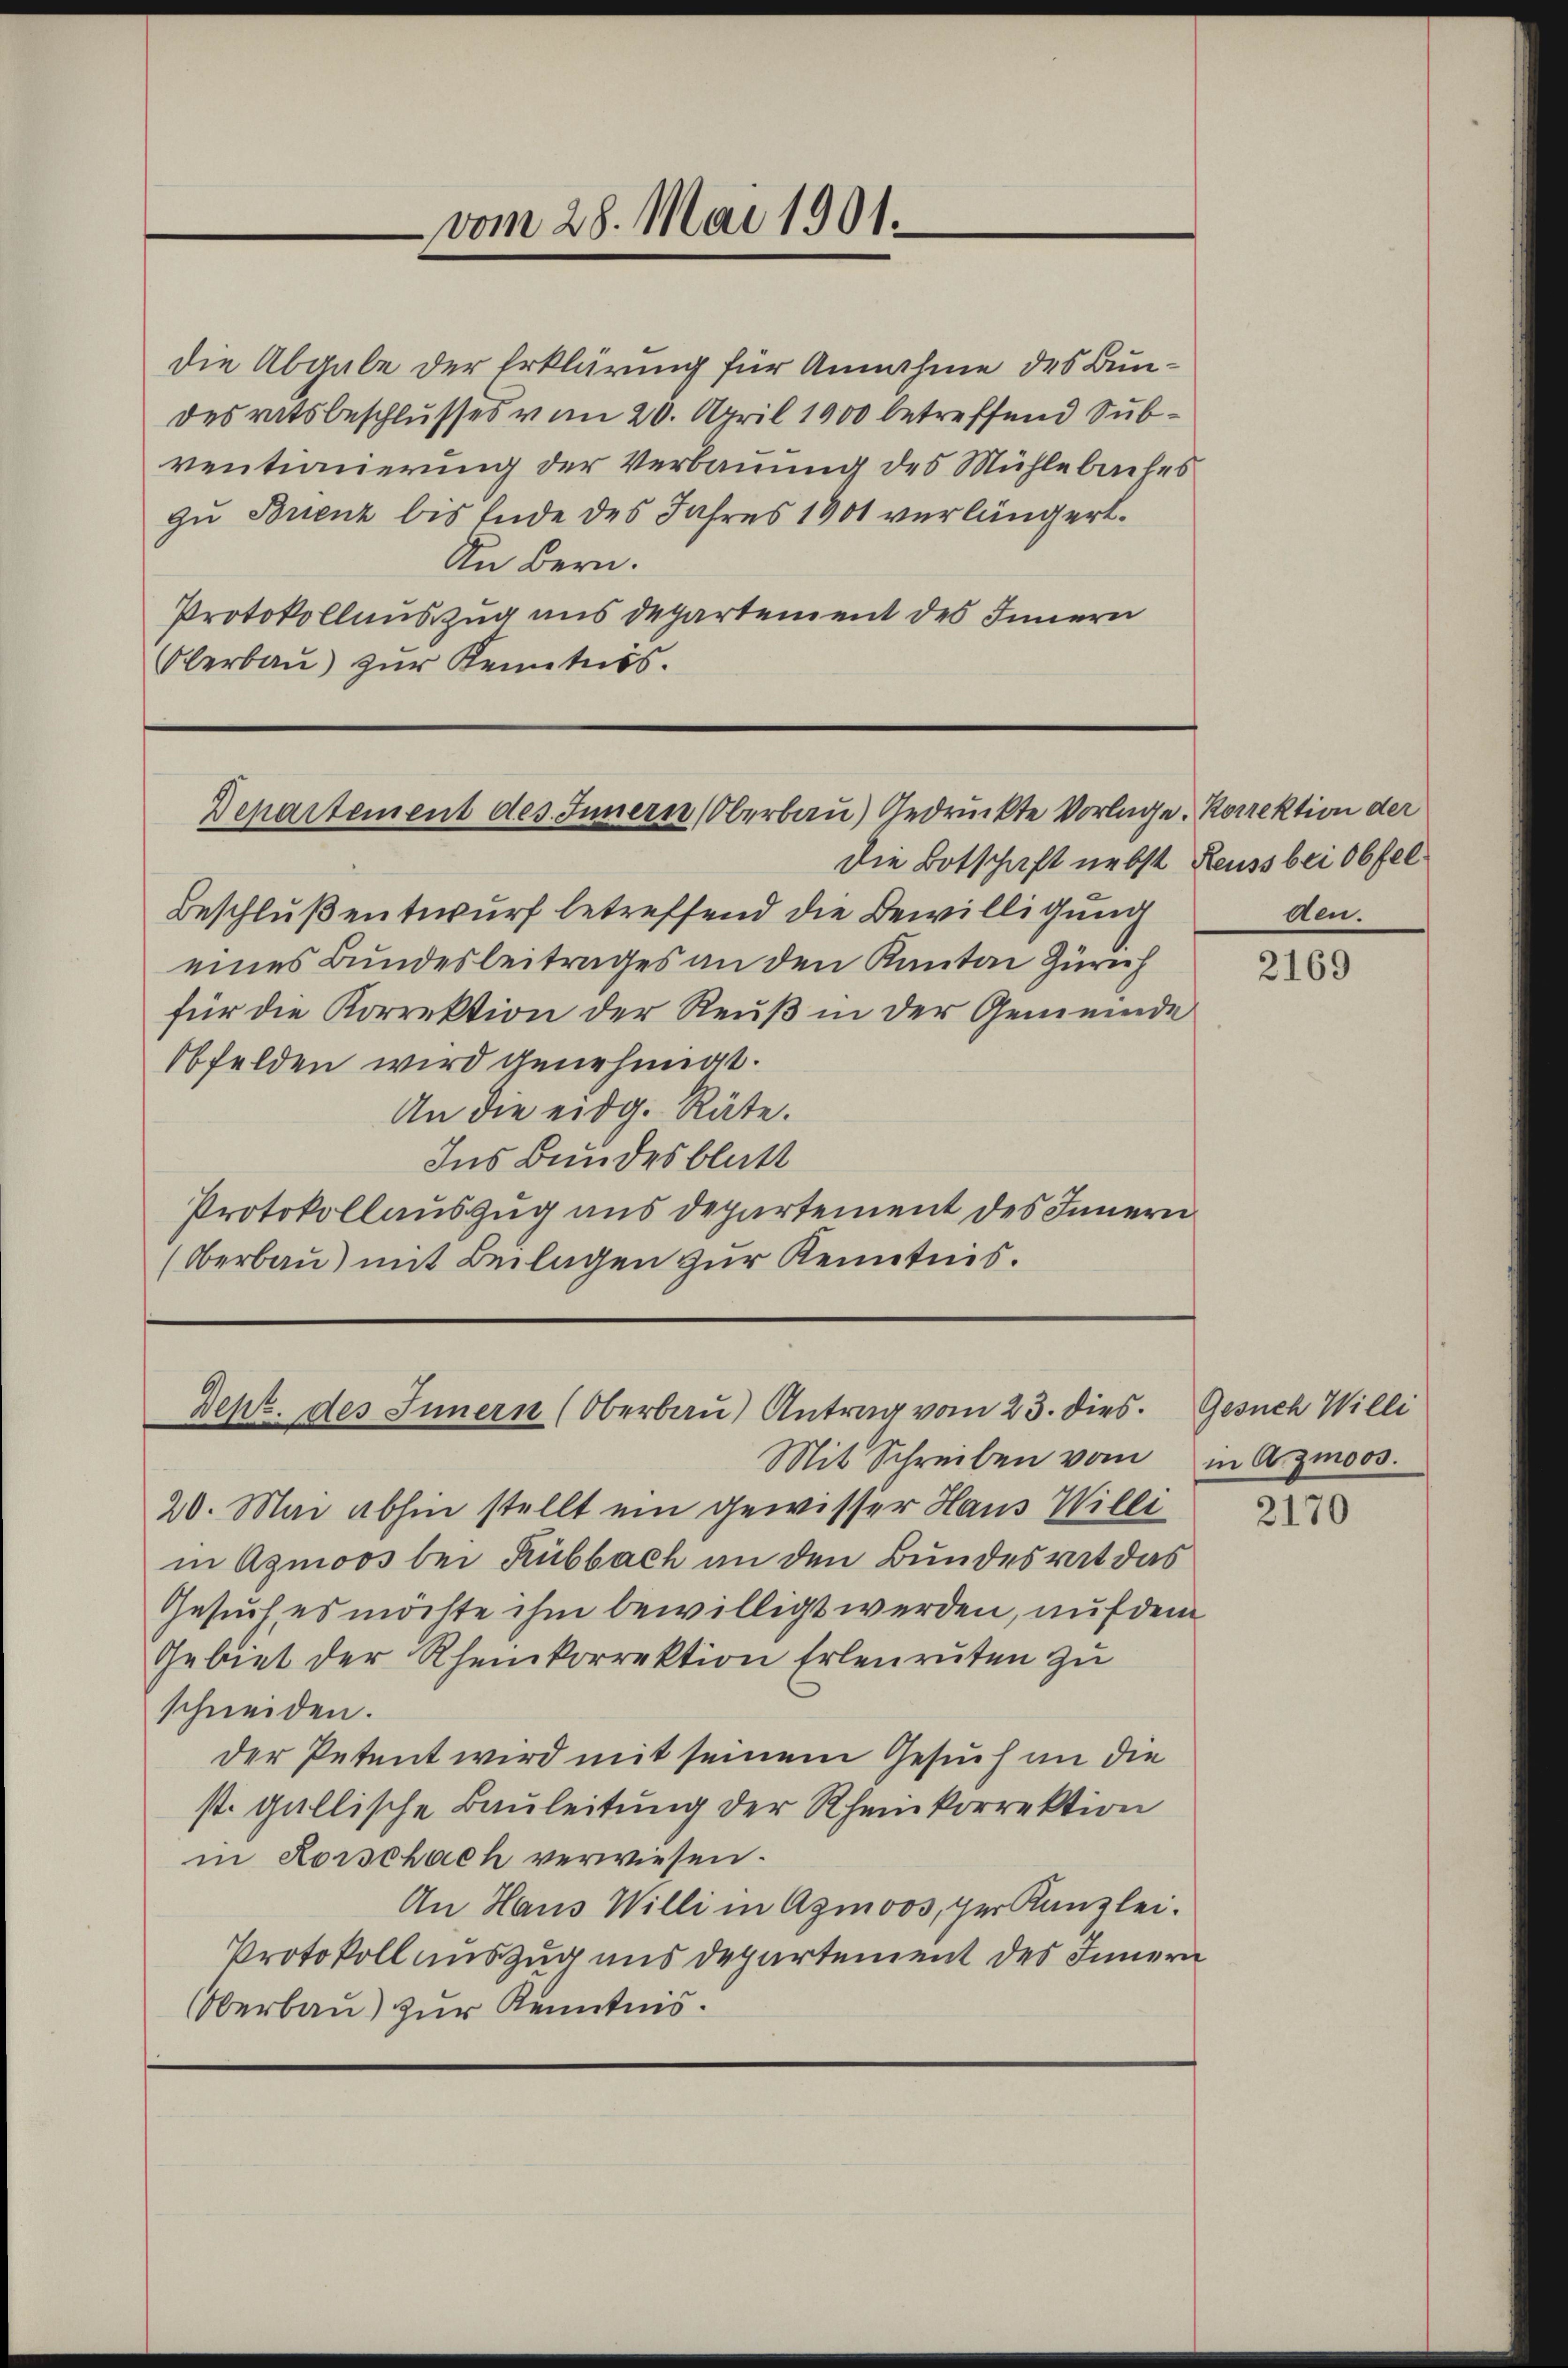
die Abgabe der Erklärung für Annahme des Bundesratsbeschlusses vom 20. April 1900 betreffend Subventionierung der Verbauung des Mühlebaches
zu Brienz bis Ende des Jahres 1901 verlängert.
An Bern.
Protokollauszug aus departement des Innern
Olerbau) zur Kenntnis.

Departement des Innern Oberbau) Gedrückte Vorlage. Korrektion der

Beschluß entwurf betreffend die Bewilligung
eines Bundesbeitrages an den Kanton Zürich
für die Korrektion der Reuß in der Gemeinde
Obfelden wird genehmigt.
An die eidg. Räte.
Ins Bundesblatt
Protokollauszug aus Departement des Innern
(Oberbau) mit Beilagen zur Kenntnis.

vom 28. Mai 1901.

Depz. des Innern (Oberbau) Antrag vom 23. dies

Mit Schreiben vom in Arzmoos.

die Botschaft nebst Reuss bei Obfel
den.

20. Mai abhin stellt ein gewisser Haus Willi
in Agmoos bei Rubbach an den Bundesrat das
Gesuch es möchte ihm bewilligt werden, auf dem
Gebiet der Rheinkorrektion Erlenruten zu
schneiden.
der Petent wird mit seinem Gesuch an die
st. gallische Bauleitung der Rheinkorrektion
in Rorschach verwiesen.
An Haus Willi in Agmoos, per Kanzlei.
Protokoll auszug uns departement des Innern
Oberbau) zur Kenntnis.

2169

Gesuch Willi

2170